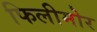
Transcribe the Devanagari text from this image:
फिलीमोर